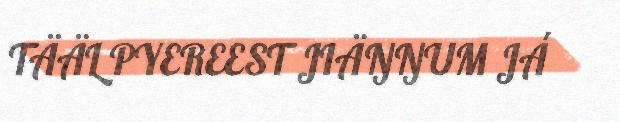
TÄÄL PYEREEST JIÄŊŊUM JÁ